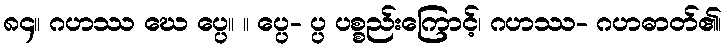
၈၄။ ဂဟဿ ဃေ ပ္ပေ။ ။ ပ္ပေ- ပ္ပ ပစ္စည်းကြောင့်၊ ဂဟဿ- ဂဟဓာတ်၏၊